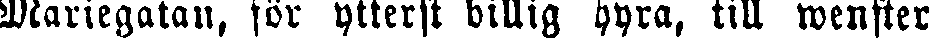
Mariegatan, för ytterst billig hyra, till wenster